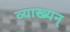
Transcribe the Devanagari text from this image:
व्याख्यन्